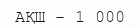
АҚШ - 1 000